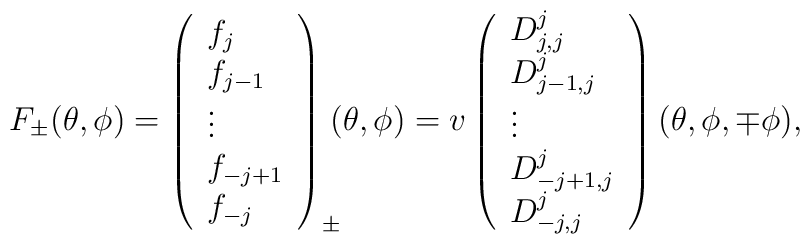
F_\pm (\theta,\phi)	=	\left( 		\begin{array}{l} 		f_{j}    \\		f_{j-1}  \\		\vdots       \\		f_{-j+1} \\		f_{-j} 		\end{array}	\right)_\pm \!\!\! (\theta,\phi)	= v	\left( 		\begin{array}{l} 		D^{j}_{j,j}     \\		D^{j}_{j-1,j}  \\		\vdots         \\		D^{j}_{-j+1,j} \\		D^{j}_{-j,j}		\end{array}	\right) (\theta,\phi,\mp \phi),